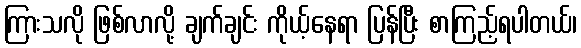
ကြားသလို ဖြစ်လာလို့ ချက်ချင်း ကိုယ့်နေရာ ပြန်ပြီး စာကြည့်ရပါတယ်၊